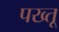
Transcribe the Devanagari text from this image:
पख्तू